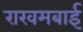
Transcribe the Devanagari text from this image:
राखमबाई